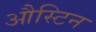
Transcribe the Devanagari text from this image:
औस्टिन